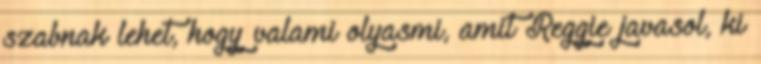
szabnak lehet, hogy valami olyasmi, amit Reggie javasol, ki